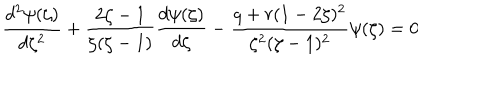
LaTeX: \frac { d ^ { 2 } \psi ( \zeta ) } { d \zeta ^ { 2 } } + \frac { 2 \zeta - 1 } { \zeta ( \zeta - 1 ) } \frac { d \psi ( \zeta ) } { d \zeta } - \frac { q + r ( 1 - 2 \zeta ) ^ { 2 } } { \zeta ^ { 2 } ( \zeta - 1 ) ^ { 2 } } \psi ( \zeta ) = 0